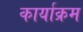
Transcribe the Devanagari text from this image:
कार्याक्रम